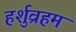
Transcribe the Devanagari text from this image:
हर्शुव्रहम